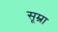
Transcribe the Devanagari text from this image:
सूम्रा